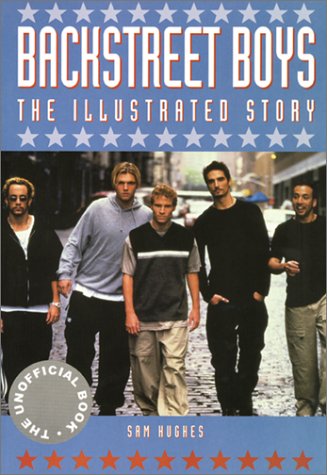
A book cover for Backstreet Boys: The Illustrated Story; Sam Hughes; Teen & Young Adult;